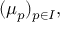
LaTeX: ( \mu _ { p } ) _ { p \in I } ,